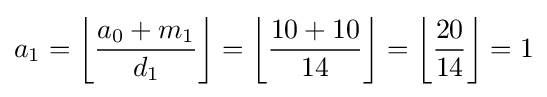
a_{1}=\left\lfloor {\frac {a_{0}+m_{1}}{d_{1}}}\right\rfloor =\left\lfloor {\frac {10+10}{14}}\right\rfloor =\left\lfloor {\frac {20}{14}}\right\rfloor =1